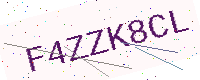
Text: F4ZZK8CL